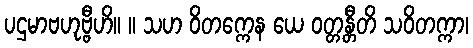
ပဌမာဗဟုဗ္ဗီဟိ။ ။ သဟ ဝိတက္ကေန ယေ ဝတ္တန္တီတိ သဝိတက္ကာ၊